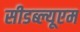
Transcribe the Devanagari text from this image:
सीडब्ल्यूएम